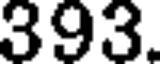
393.